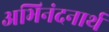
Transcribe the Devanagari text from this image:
अभिनंदनार्थ